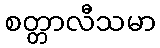
စတ္တာလီသမာ